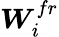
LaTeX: \boldsymbol{W}_{i}^{fr}